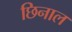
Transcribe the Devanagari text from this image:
छिनाल